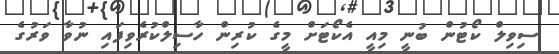
ސިވިލް ކޯޓުން ބުނީ މިއީ އެކޯޓަށް މީގެ ކުރިން ހާސިލްކުރެވިފައި ނުވާ ވަރުގެ